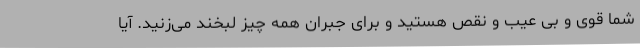
شما قوی و بی عیب و نقص هستید و برای جبران همه چیز لبخند می‌زنید. آیا